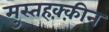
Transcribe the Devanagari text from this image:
मुस्तहक़्क़ीन